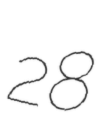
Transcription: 28